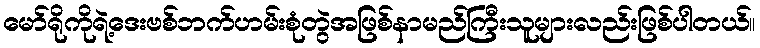
မော်ရိုကိုရဲ့ဒေးဗစ်ဘက်ဟမ်းစုံတွဲအဖြစ်နာမည်ကြီးသူများလည်းဖြစ်ပါတယ်။